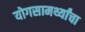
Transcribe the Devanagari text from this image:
योगसामर्थ्यांचा